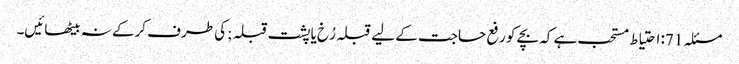
مسئلہ 71: احتیاط مستحب ہے کہ بچے کو رفع حاجت کے لیے قبلہ رُخ یا پشت قبلہ ;کی طرف کرکے نہ بیٹھائیں۔